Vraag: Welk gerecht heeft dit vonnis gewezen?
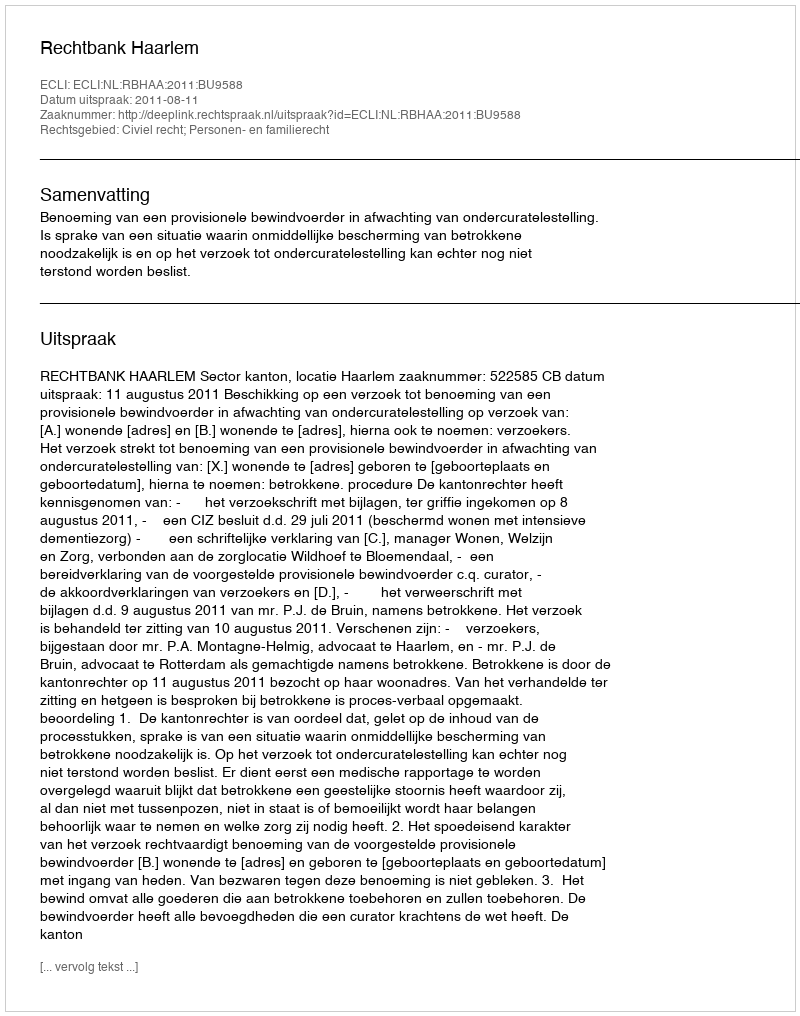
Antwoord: Rechtbank Haarlem